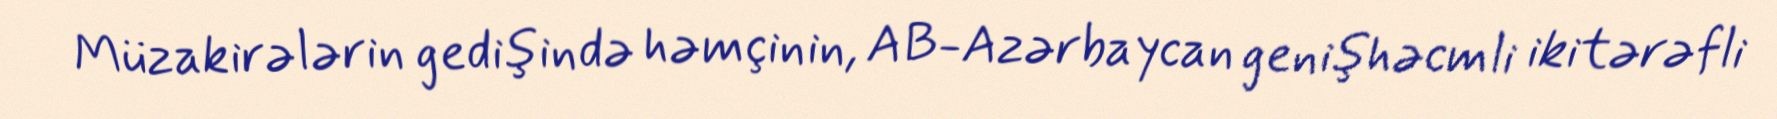
Müzakirələrin gedişində həmçinin, AB-Azərbaycan genişhəcmli ikitərəfli